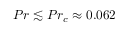
{ P r \lesssim P r _ { c } \approx 0 . 0 6 2 }